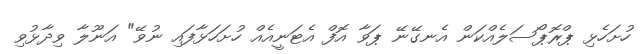
ހުށަހެޅި ޕްރޮޕޯސަލެއްކަން އެނގޭނޭ ޕަވާ އޮފް އެޓަނީއެއް ހުށަހަޅާފައި ނުވޭ" އަނޫލާ ވިދާޅުވި